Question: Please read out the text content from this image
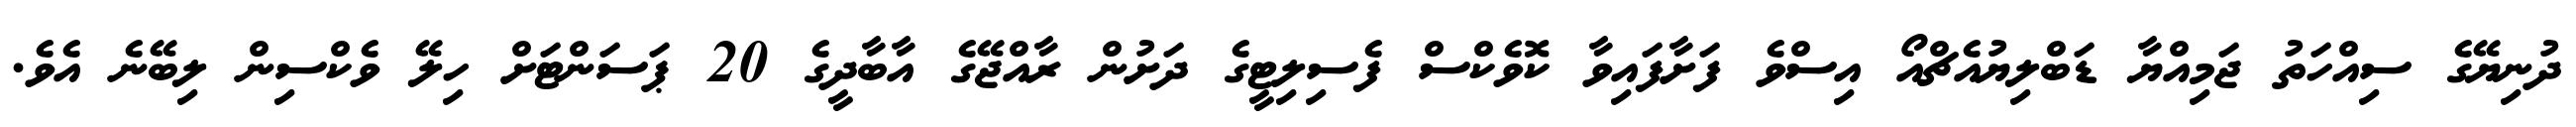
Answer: ދުނިޔޭގެ ސިއްހަތު ޖަމިއްޔާ ޑަބްލިޔުއެޗްއޯ އިސްވެ ފަށާފައިވާ ކޮވެކްސް ފެސިލިޓީގެ ދަށުން ރާއްޖޭގެ އާބާދީގެ 20 ޕަސަންޓަށް ހިލޭ ވެކްސިން ލިބޭނެ އެވެ.